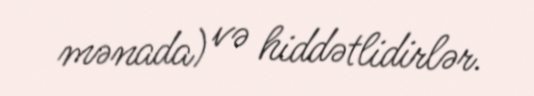
mənada) və hiddətlidirlər.